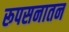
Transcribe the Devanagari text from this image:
रूपसनातन